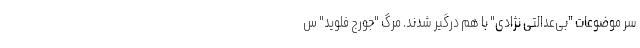
سر موضوعات "بی‌عدالتی نژادی" با هم درگیر شدند. مرگ "جورج فلوید" س